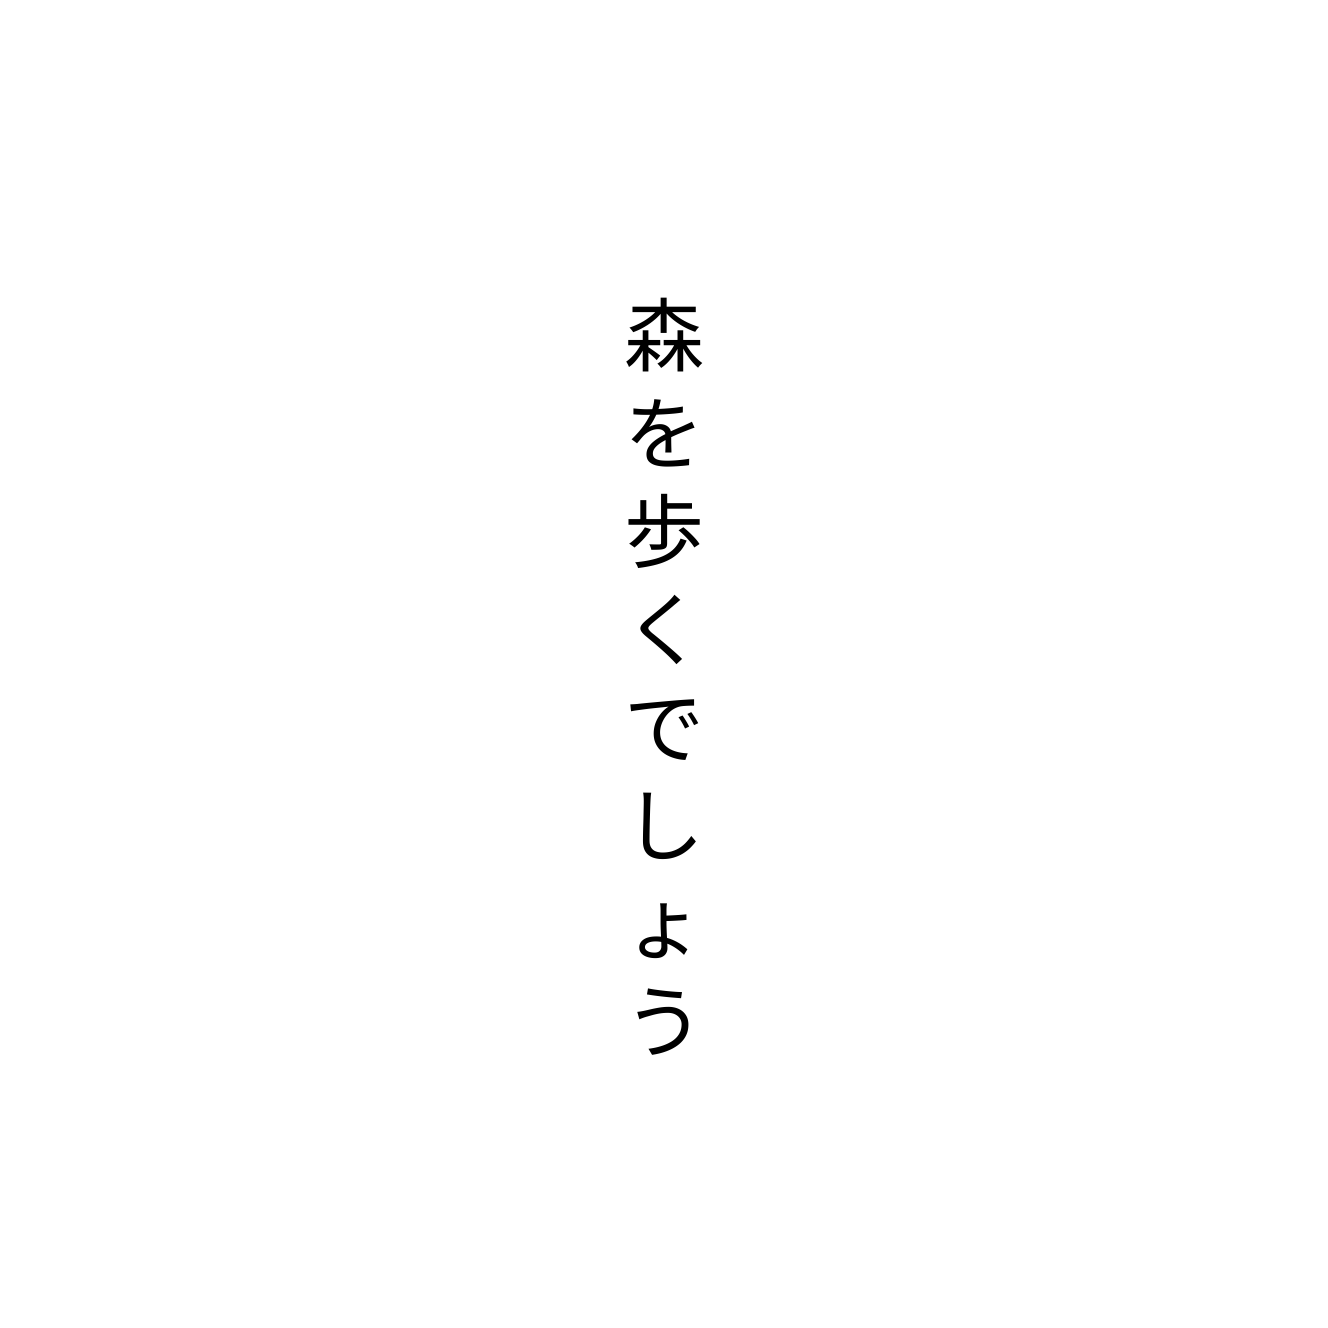
森を歩くでしょう